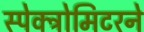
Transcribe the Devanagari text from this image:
स्पेक्ट्रोमिटरने